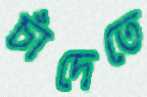
চাঁদেতে